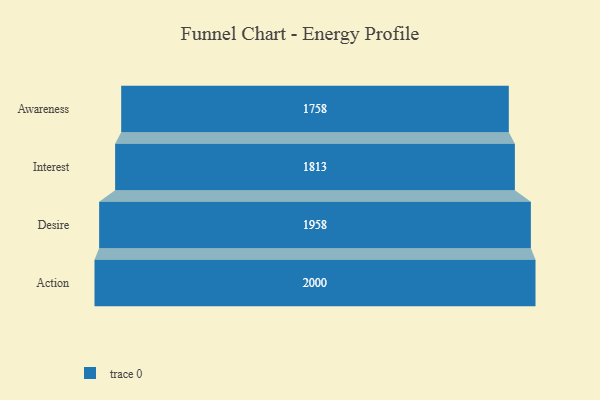
{"axis": {"x": "Stage", "y": "Value"}, "legend": [""], "data": [{"x": "Awareness", "y": 1758.0, "type": ""}, {"x": "Interest", "y": 1813.0, "type": ""}, {"x": "Desire", "y": 1958.0, "type": ""}, {"x": "Action", "y": 2000, "type": ""}]}